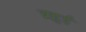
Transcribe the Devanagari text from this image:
ब्रहुई